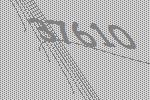
37610